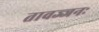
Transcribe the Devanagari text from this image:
तावज्जनः